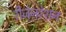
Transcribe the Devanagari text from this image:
रीजेनरेशन